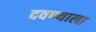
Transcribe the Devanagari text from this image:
दवण्याला